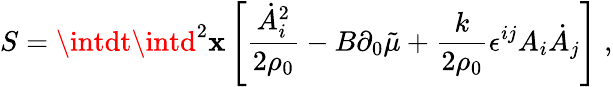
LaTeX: S=\intdt\intd^{2}\mathbf{x}\left[\frac{{\dot{{A}}_{i}^{2}}}{{2\rho_{0}}}-B\partial_{0}\tilde{{\mu}}+\frac{{k}}{{2\rho_{0}}}\epsilon^{ij}A_{i}\dot{{A}}_{j}\right]\; ,